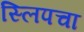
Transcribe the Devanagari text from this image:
स्लिपचा